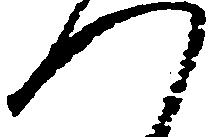
つ